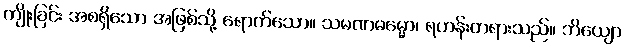
ကျိုးခြင်း အစရှိသော အဖြစ်သို့ ရောက်သော။ သမဏဓမ္မော၊ ရဟန်းတရားသည်။ ဘိယျော